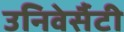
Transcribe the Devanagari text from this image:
उनिवेर्सैटी